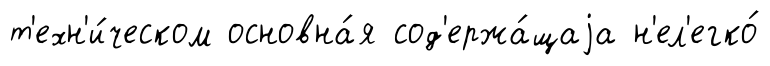
т'ехн'и́ческом основна́я сод'ержа́щаjа н'ел'егко́